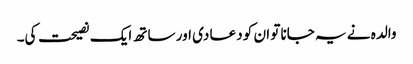
والدہ نے یہ جانا تو ان کو دعا دی اور ساتھ ایک نصیحت کی۔